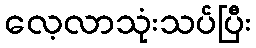
လေ့လာသုံးသပ်ပြီး